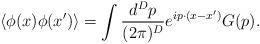
LaTeX: \begin{align*}\left< \phi(x)\phi(x') \right> =\int \frac{d^Dp}{(2\pi)^D}e^{ip\cdot (x-x')}G(p).\end{align*}